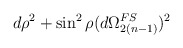
\begin{align*}d\rho^2 + \sin^2 \rho (d \Omega_{2(n-1)}^{FS})^2\end{align*}